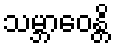
သမ္ဘာဝေန္တိ